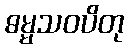
ဓမ္မသဝပိတု